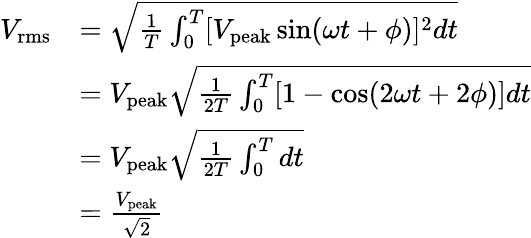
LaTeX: {\begin{array}{rl}{V_{\mathrm{rms}}}&{={\sqrt{{\frac{1}{T}}\int_{0}^{T}[{V_{\mathrm{peak}}\sin(\omega t+\phi)]^{2}dt}}}}\\ &{=V_{\mathrm{peak}}{\sqrt{{\frac{1}{2T}}\int_{0}^{T}[{1-\cos(2\omega t+2\phi)]dt}}}}\\ &{=V_{\mathrm{peak}}{\sqrt{{\frac{1}{2T}}\int_{0}^{T}{dt}}}}\\ &{={\frac{V_{\mathrm{peak}}}{\sqrt{2}}}}\end{array}}